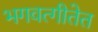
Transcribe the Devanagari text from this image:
भगवत्गीतेत